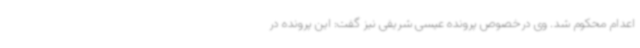
اعدام محکوم شد. وی درخصوص پرونده عیسی شریفی نیز گفت: این پرونده در